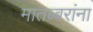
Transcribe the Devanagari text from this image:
मातब्बरांना